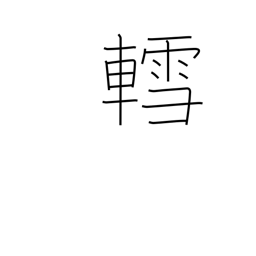
Meaning: sled